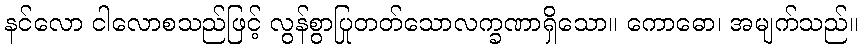
နင်လော ငါလောစသည်ဖြင့် လွန်စွာပြုတတ်သောလက္ခဏာရှိသော။ ကောဓော၊ အမျက်သည်။